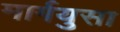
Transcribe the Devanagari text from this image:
मार्गयुसा